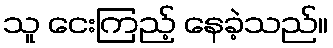
သူ ငေးကြည့် နေခဲ့သည်။